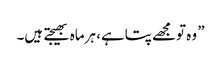
” وہ تومجھے پتاہے، ہرماہ بھیجتے ہیں۔